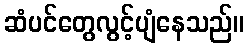
ဆံပင်တွေလွင့်ပျံနေသည်။